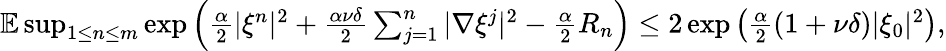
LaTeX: \begin{array}{r}{\mathbb{E}\operatorname*{sup}_{1\leq n\leq m}\exp\left(\frac{\alpha}{2}|\xi^{n}|^{2}+\frac{\alpha\nu\delta}{2}\sum_{j=1}^{n}|\nabla\xi^{j}|^{2}-\frac{\alpha}{2}R_{n}\right)\leq 2\exp\left(\frac{\alpha}{2}(1+\nu\delta)|\xi_{0}|^{2}\right),}\end{array}